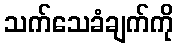
သက်သေခံချက်ကို